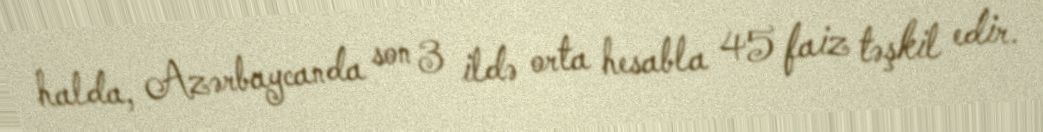
halda, Azərbaycanda son 3 ildə orta hesabla 45 faiz təşkil edir.